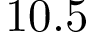
1 0 . 5